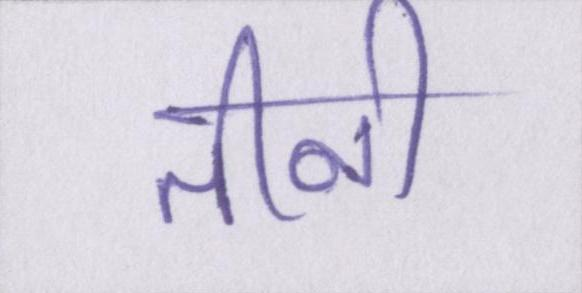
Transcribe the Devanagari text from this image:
तीनो